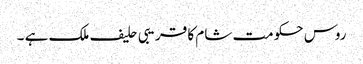
روس حکومت شام کا قریبی حلیف ملک ہے ۔